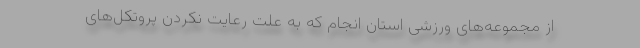
از مجموعه‌های ورزشی استان انجام که به علت رعایت نکردن پروتکل‌های